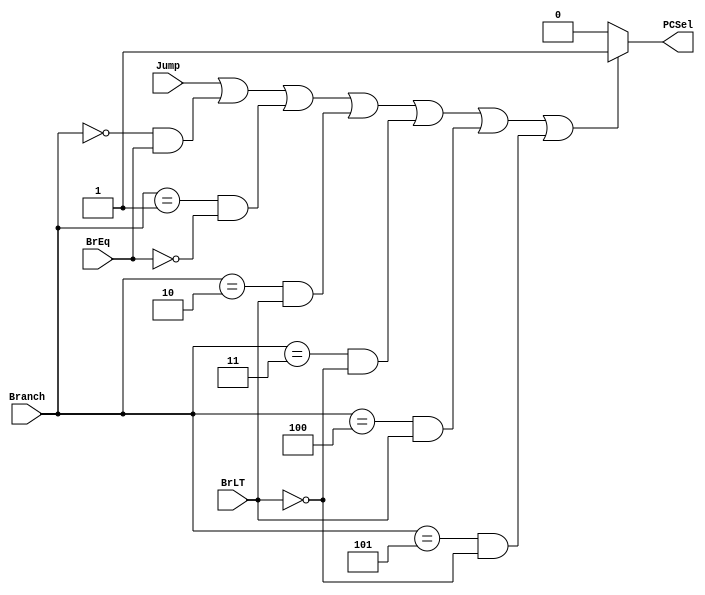
`timescale 1ns / 1ps
//////////////////////////////////////////////////////////////////////////////////
// Company: 
// Engineer: 
// 
// Design Name: 
// Module Name: Branch_control
// Project Name: 
// Target Devices: 
// Tool Versions: 
// Description: 
// 
// Dependencies: 
// 
// Revision:
// Revision 0.01 - File Created
// Additional Comments:
// 
//////////////////////////////////////////////////////////////////////////////////


module Branch_control(BrLT,BrEq,Jump,Branch,PCSel);
input BrLT;
input BrEq;
input Jump;
input [2:0] Branch;
output PCSel;

assign PCSel = (
               (Jump == 1'b1)                      ||              // JALR or JAL
               ((Branch == 3'b000) && (BrEq == 1'b1))  ||                     // BEQ
               ((Branch == 3'b001) && (BrEq == 1'b0))  ||                     // BNE
               ((Branch == 3'b010) && (BrLT == 1'b1))  ||                     // BLT
               ((Branch == 3'b011) && (BrLT == 1'b0))  ||                     // BGE
               ((Branch == 3'b100) && (BrLT == 1'b1))  ||                     // BLTU
               ((Branch == 3'b101) && (BrLT == 1'b0))                        // BGEU
               ) ? 1'b1 : 1'b0;


endmodule